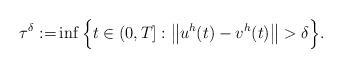
LaTeX: \begin{align*}\tau^{\delta}:=&\inf\Big\{t\in(0,T]:\big\|u^h(t)-v^h(t)\big\|>\delta\Big\}.\end{align*}